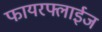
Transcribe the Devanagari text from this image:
फायरफ्लाईज